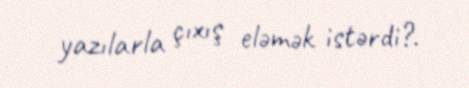
yazılarla çıxış eləmək istərdi?.